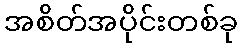
အစိတ်အပိုင်းတစ်ခု